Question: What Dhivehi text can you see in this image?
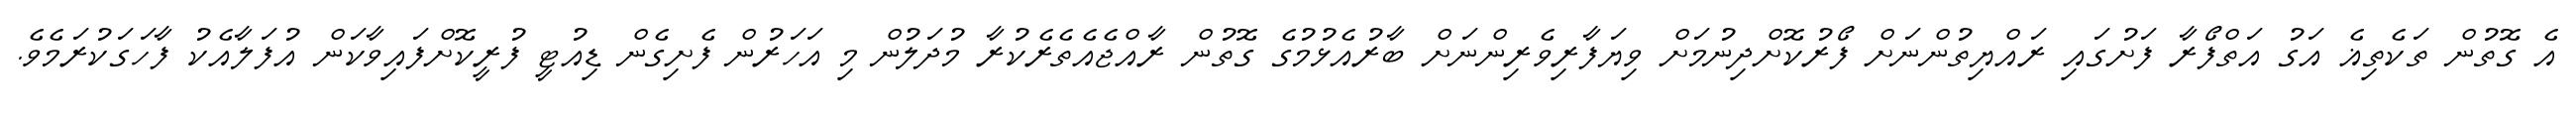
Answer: އެ ގޮތުން ތަކެތިޣެ އަގު އަތްފޯރާ ފަށުގައި ރައްޔިތުންނަށް ފޯރުކޮށްދިނުމަށް ވިޔަފާރިވެރިންނަށް ބާރުއެޅުމުގެ ގޮތުން ރާއްޖެއެތެރެކުރާ މުދަލުން މި އަހަރުން ފެށިގެން ޑިއުޓީ ފުރީކޮށްފައިވާކަން އުފަލާއެކު ފާހަގަކުރަމެވެ.